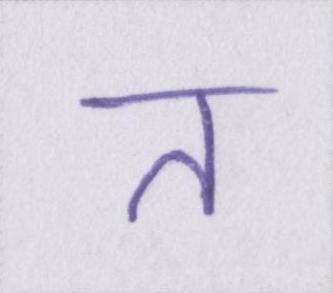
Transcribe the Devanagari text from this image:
त